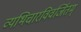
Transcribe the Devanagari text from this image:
व्यभिचारविवर्जितम्